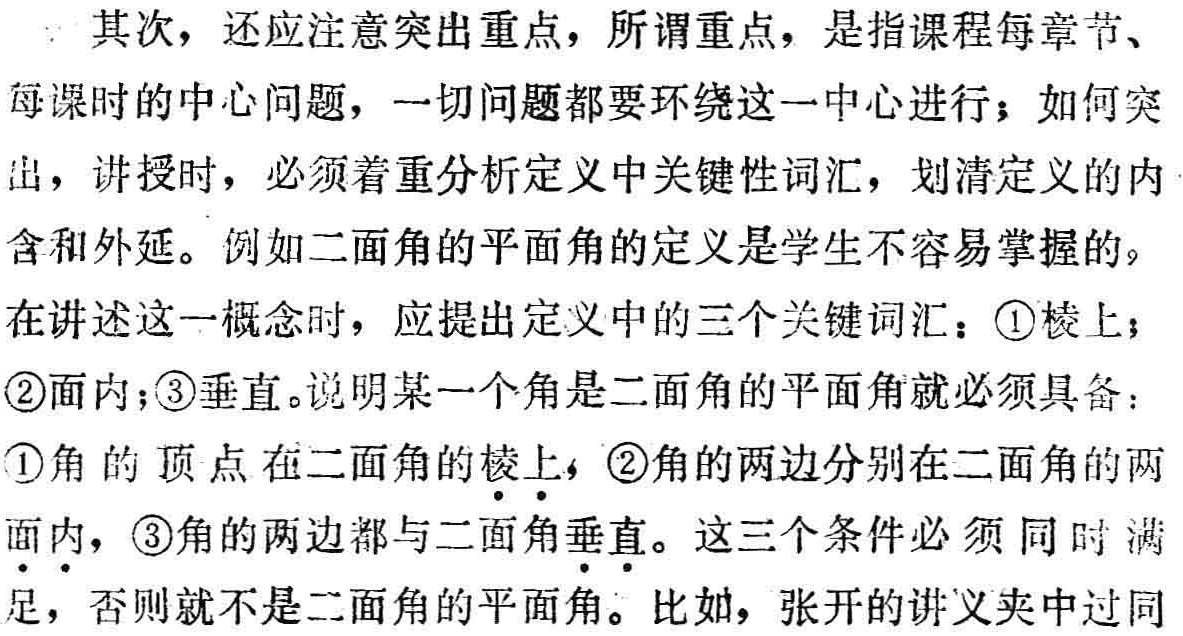
其次，还应注意突出重点，所谓重点，是指课程每章节、
每课时的中心问题，一切问题都要环绕这一中心进行；如何突
出，讲授时，必须着重分析定义中关键性词汇，划清定义的内
含和外延。例如二面角的平面角的定义是学生不容易掌握的。
在讲述这一概念时，应提出定义中的三个关键词汇：\textcircled{1}棱上；
\textcircled{2}面内；\textcircled{3}垂直。说明某一个角是二面角的平面角就必须具备：
\textcircled{1}角的顶点在二面角的棱上，\textcircled{2}角的两边分别在二面角的两
面内，\textcircled{3}角的两边都与二面角垂直。这三个条件必须同时满
足，否则就不是二面角的平面角。比如，张开的讲义夹中过同